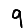
Digit: 9